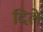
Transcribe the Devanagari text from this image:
दिलेे